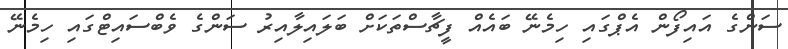
ސަންގެ އައިފޯން އެޕްގައި ހިމެނޭ ބައެއް ފީޗާސްތަކަށް ބަލައިލާއިރު ސަންގެ ވެބްސައިޓްގައި ހިމެނޭ